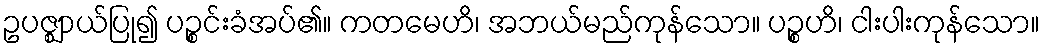
ဥပဇ္ဈာယ်ပြု၍ ပဉ္စင်းခံအပ်၏။ ကတမေဟိ၊ အဘယ်မည်ကုန်သော။ ပဉ္စဟိ၊ ငါးပါးကုန်သော။